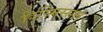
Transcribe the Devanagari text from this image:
दिस्मिस्सल